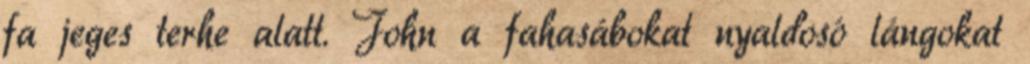
fa jeges terhe alatt. John a fahasábokat nyaldosó lángokat